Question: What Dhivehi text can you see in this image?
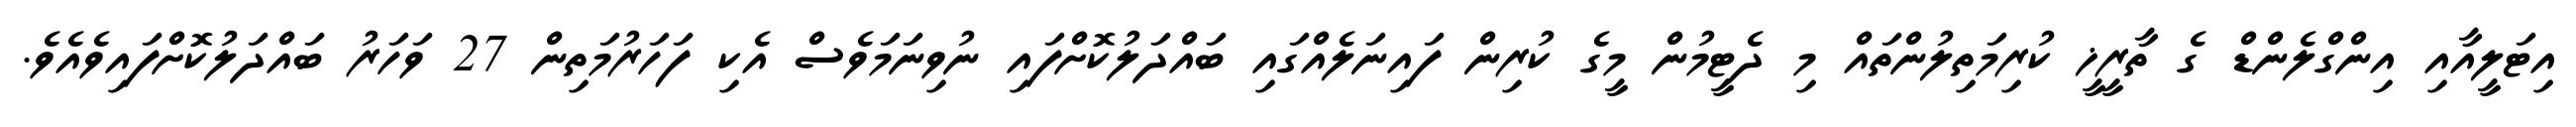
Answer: އިޓަލީއާއި އިންގްލެންޑް ގެ ތާރީޚީ ކުރިމަތިލުންތައް މި ދެޓީމުން މީގެ ކުރިން ފައިނަލެއްގައި ބައްދަލުކޮށްފައި ނުވިނަމަވެސް އެކި ފަހަރުމަތިން 27 ވަހަރު ބައްދަލުކޮށްފައިވެއެވެ.